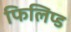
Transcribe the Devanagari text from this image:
फिलिप्ड